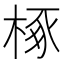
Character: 椓